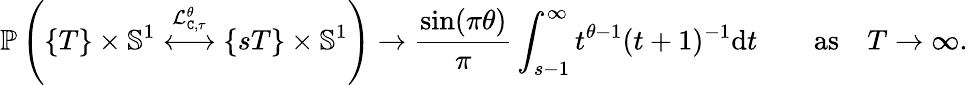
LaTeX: \mathbb{P}\left(\{ T\} \times\mathbb{S}^{1}\overset{\mathcal{L}_{\mathtt{C},\tau}^{\theta}}{\longleftrightarrow}\{ sT\} \times\mathbb{S}^{1}\right)\to\frac{\sin(\pi\theta)}{\pi}\int_{s-1}^{\infty}t^{\theta-1}(t+1)^{-1}\mathrm{d}t\quad\quad\mathrm{as}\quad T\to\infty.